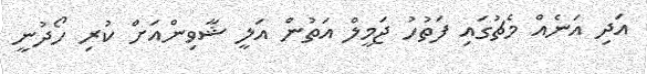
އަދި އަނެއް މެޗުގައި ފަތުހު ޖަމީލް އަތުން އަލީ ޝާވިންއަށް ކުރި ހޯދުނީ